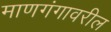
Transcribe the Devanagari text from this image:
माणगंगावरील